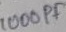
Text: 1000µF